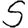
Digit: 5